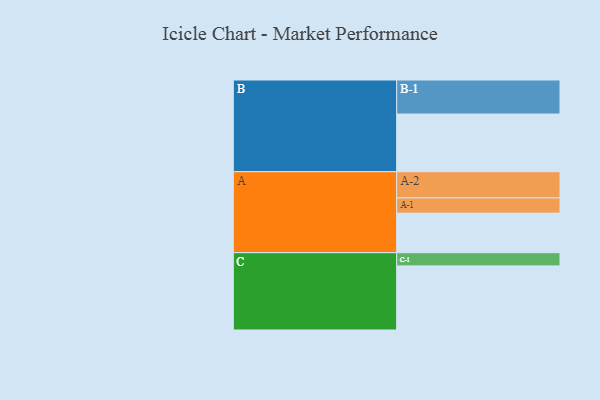
{"axis": {"x": "Segment", "y": "Value"}, "legend": ["", "A", "B", "C"], "data": [{"x": "A", "y": 300, "type": ""}, {"x": "B", "y": 437, "type": ""}, {"x": "C", "y": 486, "type": ""}, {"x": "A-1", "y": 115, "type": "A"}, {"x": "A-2", "y": 199, "type": "A"}, {"x": "B-1", "y": 258, "type": "B"}, {"x": "C-1", "y": 100, "type": "C"}]}